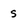
Character: s